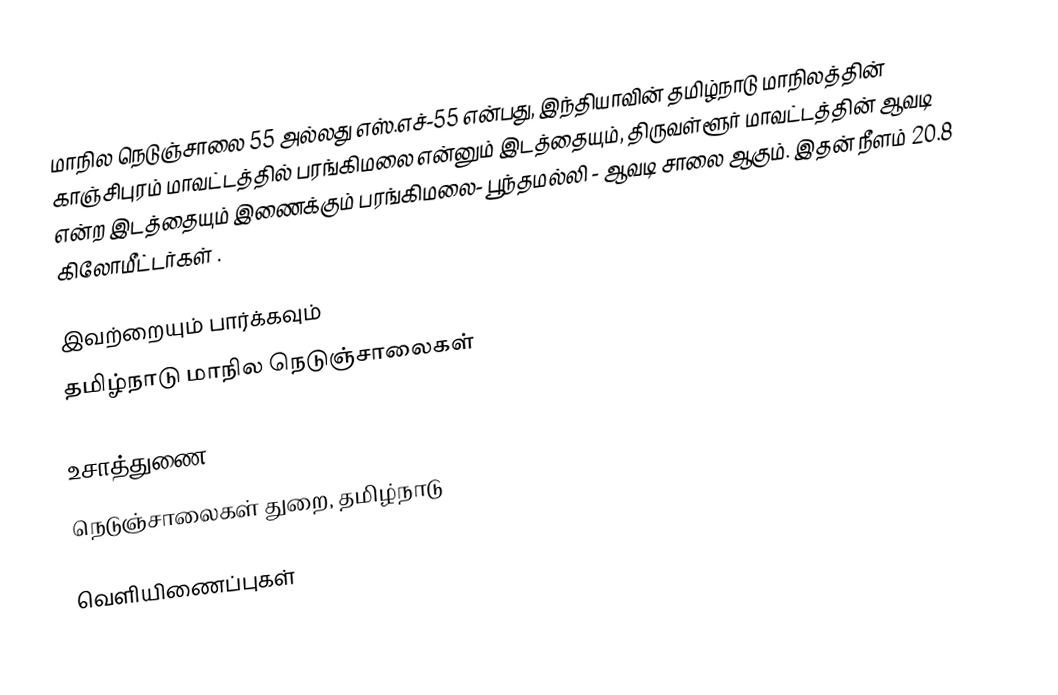
மாநில நெடுஞ்சாலை 55 அல்லது எஸ்.எச்-55 என்பது, இந்தியாவின் தமிழ்நாடு மாநிலத்தின் காஞ்சிபுரம் மாவட்டத்தில் பரங்கிமலை என்னும் இடத்தையும், திருவள்ளூர் மாவட்டத்தின் ஆவடி என்ற இடத்தையும் இணைக்கும் பரங்கிமலை- பூந்தமல்லி - ஆவடி சாலை ஆகும். இதன் நீளம் 20.8  கிலோமீட்டர்கள் .

இவற்றையும் பார்க்கவும்
 தமிழ்நாடு மாநில நெடுஞ்சாலைகள்

உசாத்துணை
 நெடுஞ்சாலைகள் துறை, தமிழ்நாடு

வெளியிணைப்புகள்